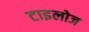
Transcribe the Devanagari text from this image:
टाइलोज